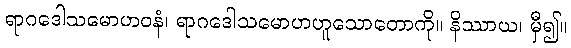
ရာဂဒေါသမောဟဝနံ၊ ရာဂဒေါသမောဟဟူသောတောကို။ နိဿာယ၊ မှီ၍။